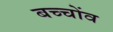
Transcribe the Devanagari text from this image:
बच्चोंव